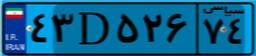
۴۳D۵۲۶۷۴